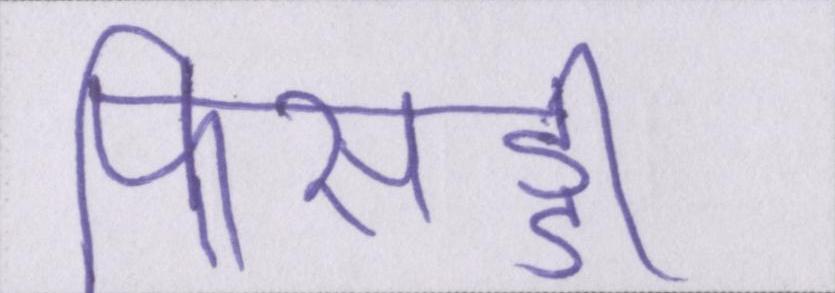
फिसड्डी